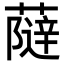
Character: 𧀕